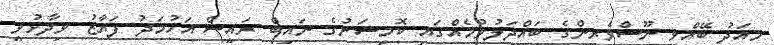
މިއަދު ބޭއްވި ނޫސްވެރިންގެ ބައްދަލުވުމެއްގައި ކޮމިޝަނުގެ ނައިބް ރައީސް އަހުމަދު ފަޔާޒު ވިދާޅުވީ